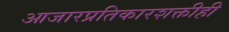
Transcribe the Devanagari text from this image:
आजारप्रतिकारशक्तीही